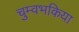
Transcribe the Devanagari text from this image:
चुम्वभकिया